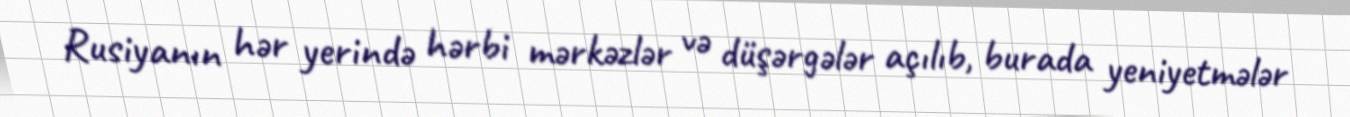
Rusiyanın hər yerində hərbi mərkəzlər və düşərgələr açılıb, burada yeniyetmələr